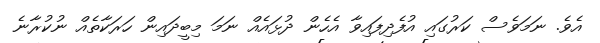
އެވެ. ނަމަވެސް ކަރުގައި އުފެދިފައިވާ އެހެން ދުޅައެއް ނަމަ މިބީދައިން ހަރަކާތެއް ނުކުރާނެ